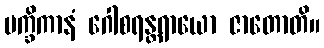
မက္ခိကာနံ ဂေါစရန္တရာယော ဇာတောတိ။